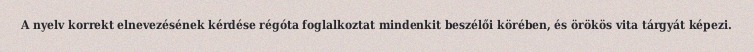
A nyelv korrekt elnevezésének kérdése régóta foglalkoztat mindenkit beszélői körében, és örökös vita tárgyát képezi.